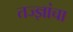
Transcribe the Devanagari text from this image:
तज्‍ज्ञांचा